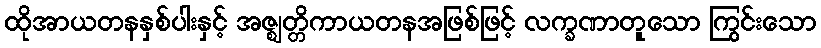
ထိုအာယတနနှစ်ပါးနှင့် အဇ္ဈတ္တိကာယတနအဖြစ်ဖြင့် လက္ခဏာတူသော ကြွင်းသော